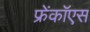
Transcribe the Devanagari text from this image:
फ्रेंकॉएस